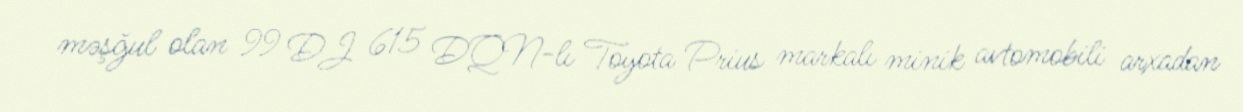
məşğul olan 99 DJ 615 DQN-lı Toyota Prius markalı minik avtomobili arxadan